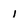
Character: 1